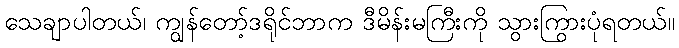
သေချာပါတယ်၊ ကျွန်တော့်ဒရိုင်ဘာက ဒီမိန်းမကြီးကို သွားကြွားပုံရတယ်။